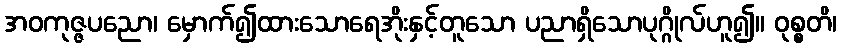
အဝကုဇ္ဇပညော၊ မှောက်၍ထားသောရေအိုးနှင့်တူသော ပညာရှိသောပုဂ္ဂိုလ်ဟူ၍။ ဝုစ္စတိ၊